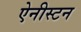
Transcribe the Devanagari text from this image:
ऐनीस्टन